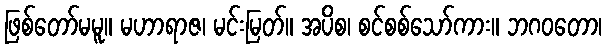
ဖြစ်တော်မမူ။ မဟာရာဇ၊ မင်းမြတ်။ အပိစ၊ စင်စစ်သော်ကား။ ဘဂဝတော၊